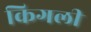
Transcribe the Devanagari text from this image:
किगली